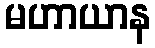
မဟာယာန